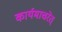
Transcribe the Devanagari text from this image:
कार्यमाचरेत्